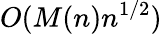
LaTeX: O(M(n)n^{1/2})